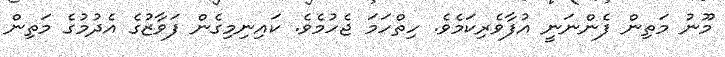
މޫނު މަތިން ފެންނަނީ އުފާވެރިކަމެވެ. ހިތްހަމަ ޖެހުމެވެ. ކައިނިމިގެން ފަވާޒުގެ އެދުމުގެ މަތިން